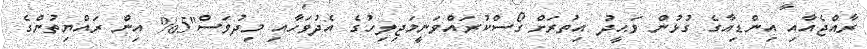
ރާއްޖެއާއި އިންޑިއާގެ ގުޅުން ވަޙީދު އިތުރަށް ގޯސްކުރައްވަނީމަޖިލިހުގެ އެދުވަހާއި މިދުވަސް"5% އިން ރައްޔިތުންގެ